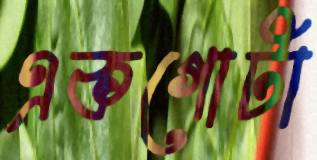
একগোটা